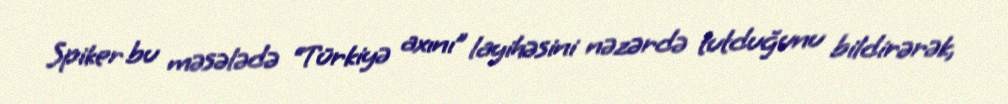
Spiker bu məsələdə “Türkiyə axını” layihəsini nəzərdə tutduğunu bildirərək,